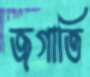
জগাতি